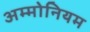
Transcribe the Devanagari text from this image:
अम्मोनियम